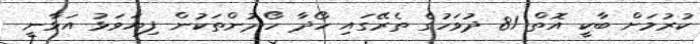
ކުރުމަށް ބާކީ އޮތް 81 ދުވަހުގެ ތެރޭގައި ހޯދާ ހޯދުންތަކުން ފިޔަވަޅު އަޅާނީ